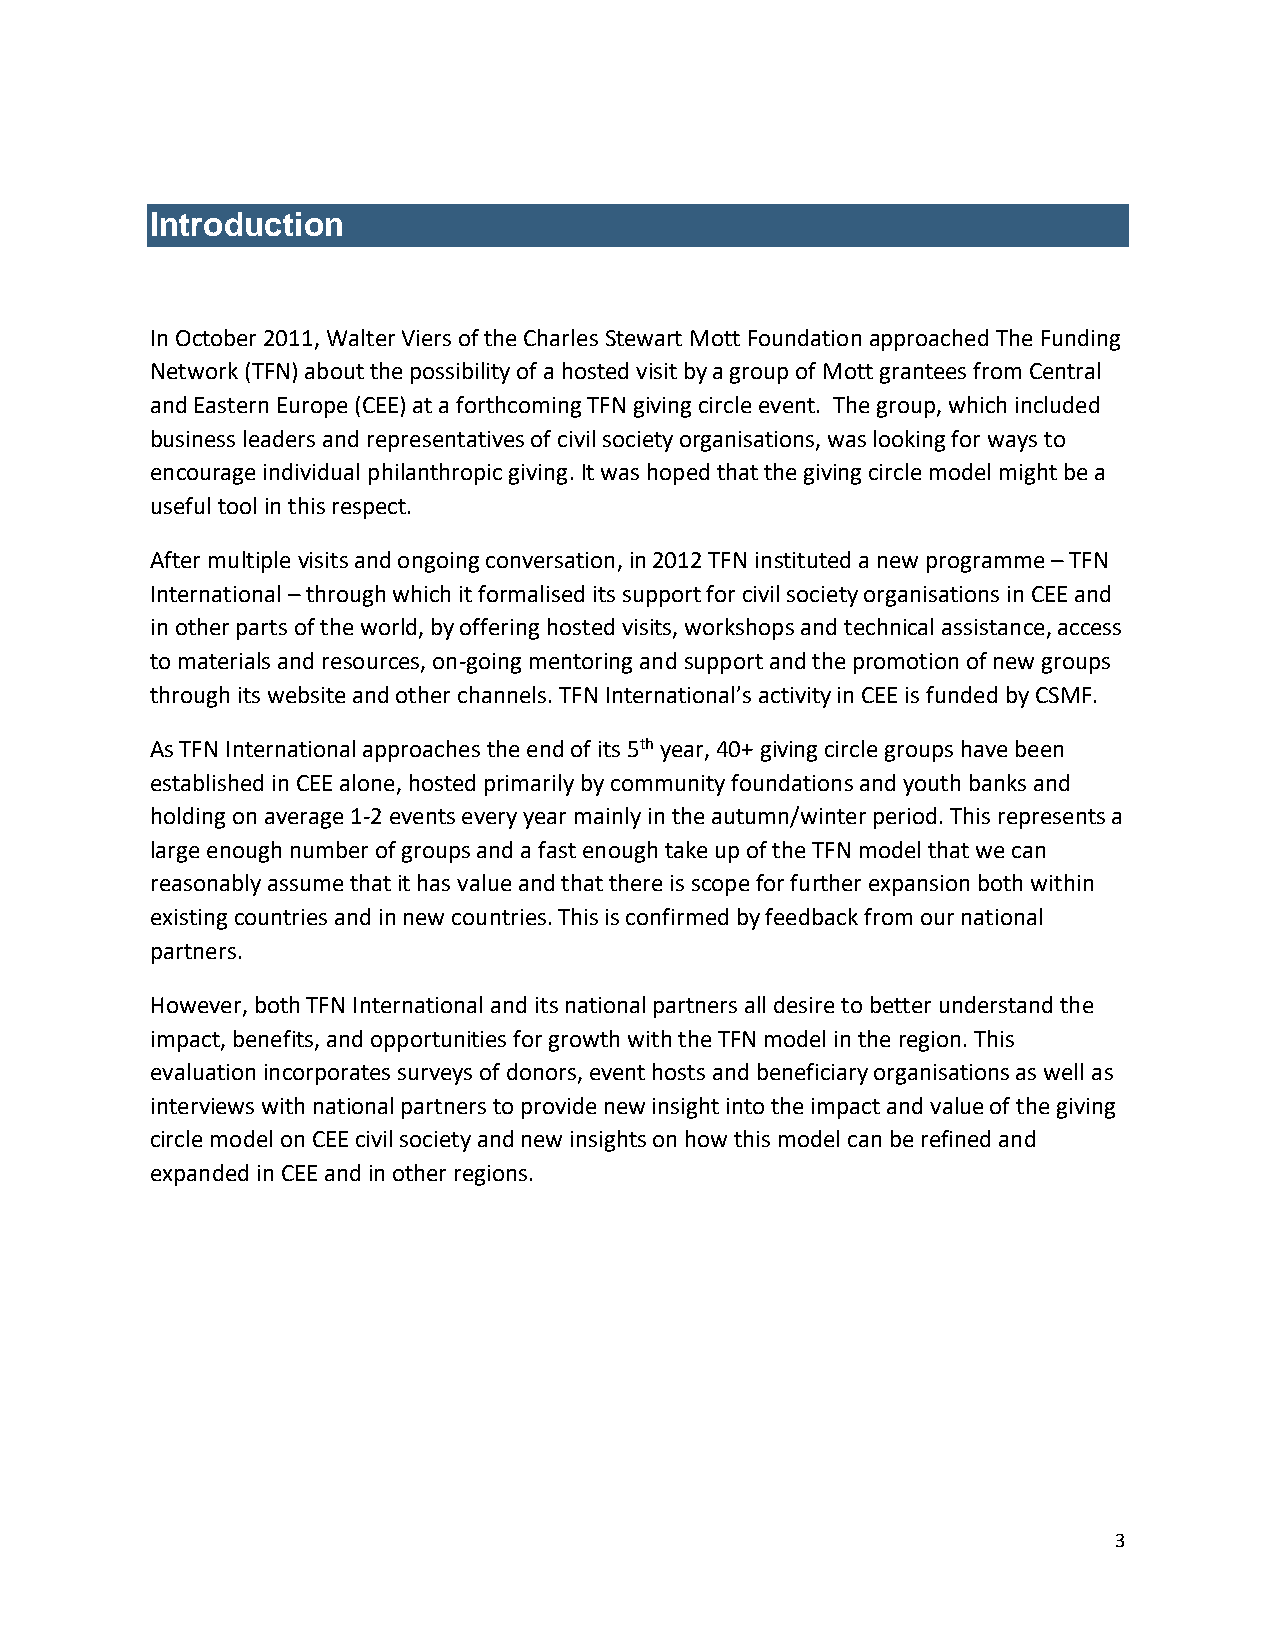
Introduction
 In October 2011, Walter Viers of the Charles Stewart Mott Foundation approached The Funding
 Network (TFN) about the possibility of a hosted visit by a group of Mott grantees from Central
 and Eastern Europe (CEE) at a forthcoming TFN giving circle event. The group, which included
 business leaders and representatives of civil society organisations, was looking for ways to
 encourage individual philanthropic giving. It was hoped that the giving circle model might be a
 useful tool in this respect.
 After multiple visits and ongoing conversation, in 2012 TFN instituted a new programme – TFN
 International – through which it formalised its support for civil society organisations in CEE and
 in other parts of the world, by offering hosted visits, workshops and technical assistance, access
 to materials and resources, on-going mentoring and support and the promotion of new groups
 through its website and other channels. TFN International’s activity in CEE is funded by CSMF.
 As TFN International approaches the end of its 5th year, 40+ giving circle groups have been
 established in CEE alone, hosted primarily by community foundations and youth banks and
 holding on average 1-2 events every year mainly in the autumn/winter period. This represents a
 large enough number of groups and a fast enough take up of the TFN model that we can
 reasonably assume that it has value and that there is scope for further expansion both within
 existing countries and in new countries. This is confirmed by feedback from our national
 partners.
 However, both TFN International and its national partners all desire to better understand the
 impact, benefits, and opportunities for growth with the TFN model in the region. This
 evaluation incorporates surveys of donors, event hosts and beneficiary organisations as well as
 interviews with national partners to provide new insight into the impact and value of the giving
 circle model on CEE civil society and new insights on how this model can be refined and
 expanded in CEE and in other regions.
 3